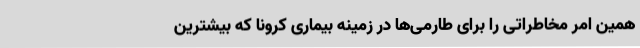
همین امر مخاطراتی را برای طارمی‌ها در زمینه بیماری کرونا که بیشترین